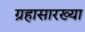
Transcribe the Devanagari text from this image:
ग्रहासारख्या